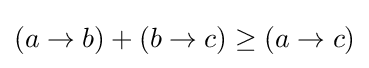
(a\rightarrow b)+(b\rightarrow c)\geq (a\rightarrow c)